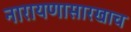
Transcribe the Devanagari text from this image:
नारायणासारखाच